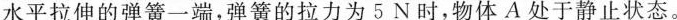
水平拉伸的弹簧一端，弹簧的拉力为5N时，物体A处于静止状态。